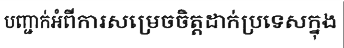
បញ្ជាក់អំពីការសម្រេចចិត្តដាក់ប្រទេសក្នុង